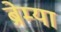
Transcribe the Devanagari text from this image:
ब्रेम्या